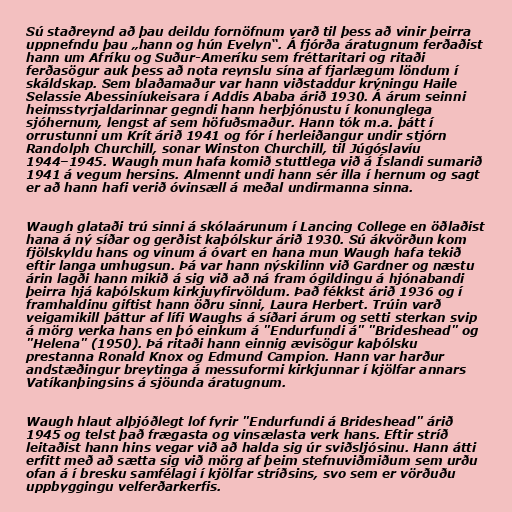
Sú staðreynd að þau deildu fornöfnum varð til þess að vinir þeirra
uppnefndu þau „hann og hún Evelyn“. Á fjórða áratugnum ferðaðist
hann um Afríku og Suður-Ameríku sem fréttaritari og ritaði
ferðasögur auk þess að nota reynslu sína af fjarlægum löndum í
skáldskap. Sem blaðamaður var hann viðstaddur krýningu Haile
Selassie Abessiníukeisara í Addis Ababa árið 1930. Á árum seinni
heimsstyrjaldarinnar gegndi hann herþjónustu í konunglega
sjóhernum, lengst af sem höfuðsmaður. Hann tók m.a. þátt í
orrustunni um Krít árið 1941 og fór í herleiðangur undir stjórn
Randolph Churchill, sonar Winston Churchill, til Júgóslavíu
1944–1945. Waugh mun hafa komið stuttlega við á Íslandi sumarið
1941 á vegum hersins. Almennt undi hann sér illa í hernum og sagt
er að hann hafi verið óvinsæll á meðal undirmanna sinna.

Waugh glataði trú sinni á skólaárunum í Lancing College en öðlaðist
hana á ný síðar og gerðist kaþólskur árið 1930. Sú ákvörðun kom
fjölskyldu hans og vinum á óvart en hana mun Waugh hafa tekið
eftir langa umhugsun. Þá var hann nýskilinn við Gardner og næstu
árin lagði hann mikið á sig við að ná fram ógildingu á hjónabandi
þeirra hjá kaþólskum kirkjuyfirvöldum. Það fékkst árið 1936 og í
framhaldinu giftist hann öðru sinni, Laura Herbert. Trúin varð
veigamikill þáttur af lífi Waughs á síðari árum og setti sterkan svip
á mörg verka hans en þó einkum á "Endurfundi á" "Brideshead" og
"Helena" (1950). Þá ritaði hann einnig ævisögur kaþólsku
prestanna Ronald Knox og Edmund Campion. Hann var harður
andstæðingur breytinga á messuformi kirkjunnar í kjölfar annars
Vatíkanþingsins á sjöunda áratugnum.

Waugh hlaut alþjóðlegt lof fyrir "Endurfundi á Brideshead" árið
1945 og telst það frægasta og vinsælasta verk hans. Eftir stríð
leitaðist hann hins vegar við að halda sig úr sviðsljósinu. Hann átti
erfitt með að sætta sig við mörg af þeim stefnuviðmiðum sem urðu
ofan á í bresku samfélagi í kjölfar stríðsins, svo sem er vörðuðu
uppbyggingu velferðarkerfis.